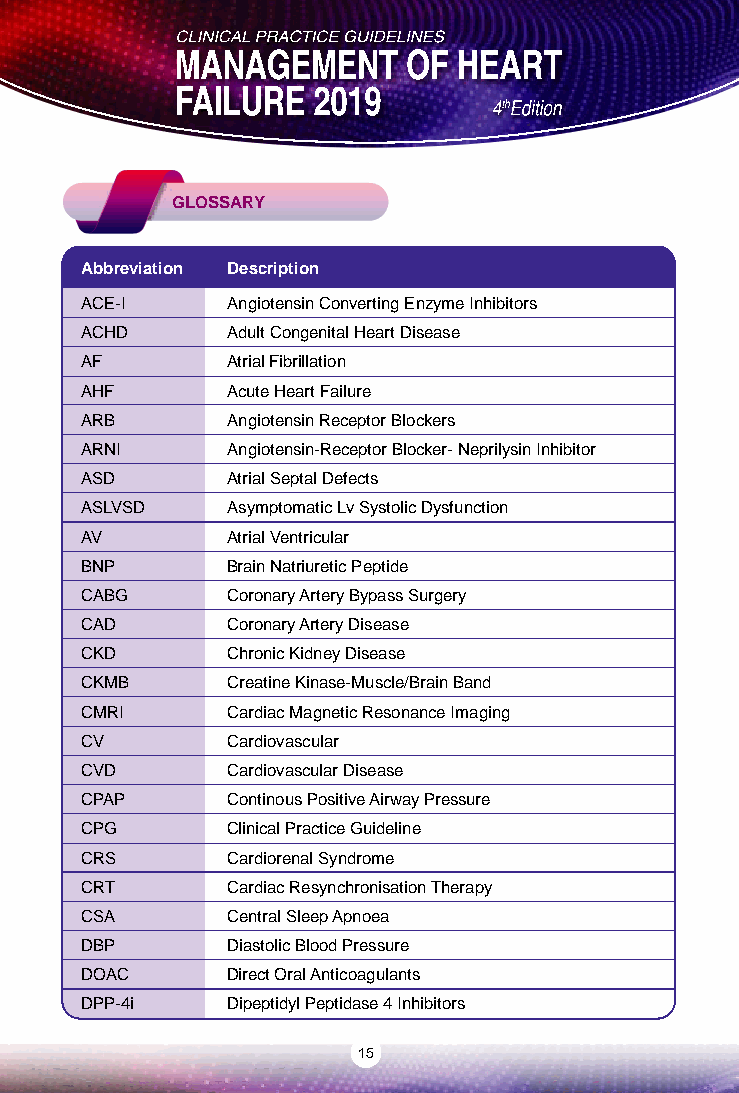
GLOSSARY
 Abbreviation Description
 ACE-I     Angiotensin Converting Enzyme Inhibitors
 ACHD      Adult Congenital Heart Disease
 AF        Atrial Fibrillation
 AHF       Acute Heart Failure
 ARB       Angiotensin Receptor Blockers
 ARNI      Angiotensin-Receptor Blocker- Neprilysin Inhibitor
 ASD       Atrial Septal Defects
 ASLVSD    Asymptomatic Lv Systolic Dysfunction
 AV        Atrial Ventricular
 BNP       Brain Natriuretic Peptide
 CABG      Coronary Artery Bypass Surgery
 CAD       Coronary Artery Disease
 CKD       Chronic Kidney Disease
 CKMB      Creatine Kinase-Muscle/Brain Band
 CMRI      Cardiac Magnetic Resonance Imaging
 CV        Cardiovascular
 CVD       Cardiovascular Disease
 CPAP      Continous Positive Airway Pressure
 CPG       Clinical Practice Guideline
 CRS       Cardiorenal Syndrome
 CRT       Cardiac Resynchronisation Therapy
 CSA       Central Sleep Apnoea
 DBP       Diastolic Blood Pressure
 DOAC      Direct Oral Anticoagulants
 DPP-4i    Dipeptidyl Peptidase 4 Inhibitors
 15